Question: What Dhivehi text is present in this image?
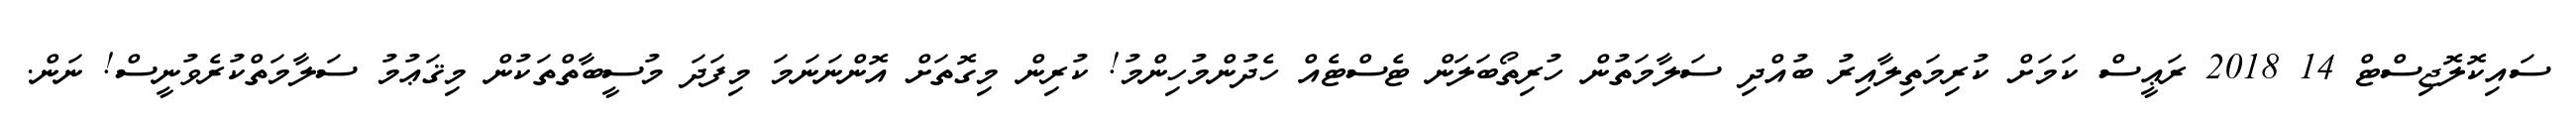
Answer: ސައިކޮލޮޖިސްޓް 14 2018 ރަޢީސް ކަމަށް ކުރިމަތިލާއިރު ބުއްދި ސަލާމަތުން ހުރިތޯބަލަން ޓެސްޓެއް ހެދުންމުހިންމު! ކުރިން މިގޮތަށް އޮންނަނަމަ މިފަދަ މުސީބާތްތަކުން މިޤަޢުމު ސަލާމަތްކުރެވުނީސް! ނަން.